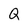
Character: Q